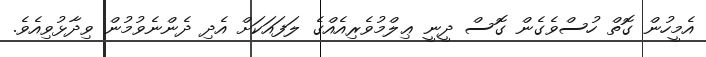
އެމީހުން ގޮތް ހުސްވެގެން ގޮސް ދީނީ ޢިލްމުވެރިއެއްގެ ލަފައަކަށް އެދި ދެންނެވުމުން ވިދާޅުވިއެވެ.